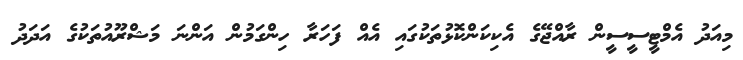
މިއަދު އެމްޓީސީސީން ރާއްޖޭގެ އެކިކަންކޮޅުތަކުގައި އެއް ފަހަރާ ހިންގަމުން އަންނަ މަޝްރޫއުތަކުގެ އަދަދު